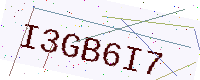
Text: I3GB6I7